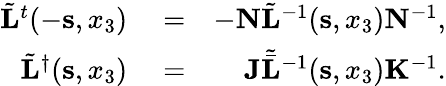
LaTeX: \begin{array}{rlr}{\tilde{\mathbf L}^{t}(-{\mathbf s},x_{3})}&{{}=}&{-{\mathbf N}\tilde{\mathbf L}^{-1}({\mathbf s},x_{3}){\mathbf N}^{-1},}\\ {\tilde{\mathbf L}^{\dagger}({\mathbf s},x_{3})}&{{}=}&{{\mathbf J}{\tilde{\bar{\mathbf L}}}^{-1}({\mathbf s},x_{3}){\mathbf K}^{-1}.}\end{array}